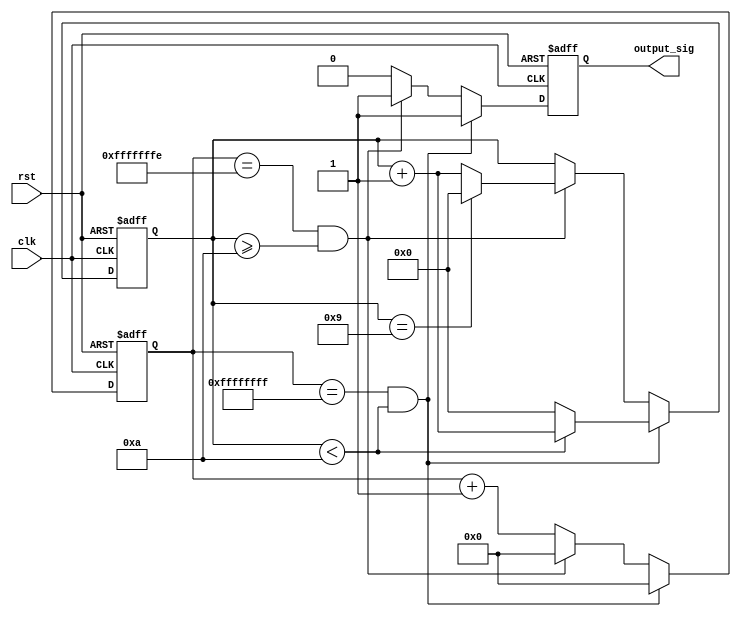
module pm_counter #(
    // Flow characteristics
    parameter SIZE=64,
    parameter FREQUENCY = 350000000,
	parameter BANDWIDTH = 1000000000,
    //Precision
    parameter INTEGRATION_CYCLE=10
    )(
    input wire clk,
    input wire rst,
    output wire output_sig
);  

    //Calculate N_CYCLES from desired BANDWIDTH
	localparam FRAME_LENGTH = SIZE*8;
	localparam N_CYCLES = (FRAME_LENGTH * FREQUENCY) / BANDWIDTH;
	
	//Calculate N_CYCLES remainder
	localparam NCYCLES_SCALED = (FRAME_LENGTH * FREQUENCY * INTEGRATION_CYCLE) / BANDWIDTH;
	localparam NCYCLES_REMAINDER = NCYCLES_SCALED - (N_CYCLES * INTEGRATION_CYCLE);

    //Data width for counters
    localparam CYCLE_COUNT_WIDTH = !(N_CYCLES & (N_CYCLES-1)) ? $clog2(N_CYCLES)+1 : $clog2(N_CYCLES);
    localparam PACKET_COUNT_WIDTH = !(INTEGRATION_CYCLE & (INTEGRATION_CYCLE-1)) ? $clog2(INTEGRATION_CYCLE)+1 : $clog2(INTEGRATION_CYCLE);

    reg [CYCLE_COUNT_WIDTH-1:0] cycle_count;
    reg [PACKET_COUNT_WIDTH-1:0] packet_count;

    reg output_sig_reg;
    assign output_sig = output_sig_reg;
    
    //Rising Edge
    always @(posedge clk or posedge rst) begin
        if (rst) begin
            cycle_count <= 0;
            output_sig_reg <= 1;
            packet_count <= 0;
        end else if ((cycle_count == N_CYCLES) && packet_count < NCYCLES_REMAINDER) begin
            cycle_count <= 0;
            output_sig_reg <= 1;
            if (packet_count < INTEGRATION_CYCLE) begin
                packet_count <= packet_count + 1;
            end else begin
                packet_count <= 0;
            end
        end else if ((cycle_count == N_CYCLES-1) && packet_count >= NCYCLES_REMAINDER) begin
            cycle_count <= 0;
            output_sig_reg <= 1;
            if (packet_count == INTEGRATION_CYCLE-1) begin
                packet_count <= 0;
            end else begin
                packet_count <= packet_count + 1;
            end
        end else begin
            cycle_count <= cycle_count + 1;
            output_sig_reg <= 0;
        end
    end
endmodule